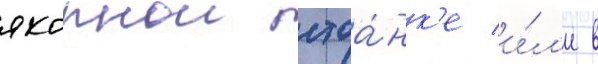
якорнои стоа́нк'е и́л'и в